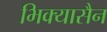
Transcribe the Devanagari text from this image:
भिक्यासैन